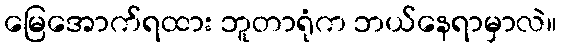
မြေအောက်ရထား ဘူတာရုံက ဘယ်နေရာမှာလဲ။